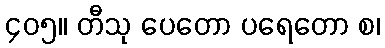
၄၀၅။ တီသု ပေတော ပရေတော စ၊